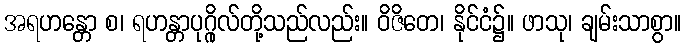
အရဟန္တော စ၊ ရဟန္တာပုဂ္ဂိုလ်တို့သည်လည်း။ ဝိဇိတေ၊ နိုင်ငံ၌။ ဖာသု၊ ချမ်းသာစွာ။